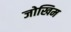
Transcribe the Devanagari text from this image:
जोखिम